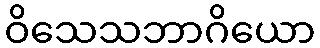
ဝိသေသဘာဂိယော